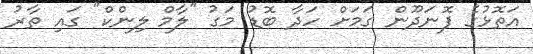
އަތޮޅުގެ ފޮނަދޫން ގަމަށް ހަދާ ބޮޑު މަގު "ލާމް ލިންކް" ގައި ތާރު